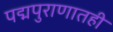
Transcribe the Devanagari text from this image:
पद्मपुराणातही